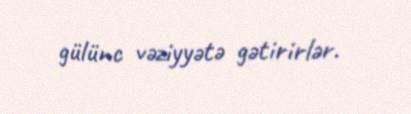
gülünc vəziyyətə gətirirlər.